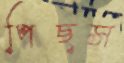
পিছস